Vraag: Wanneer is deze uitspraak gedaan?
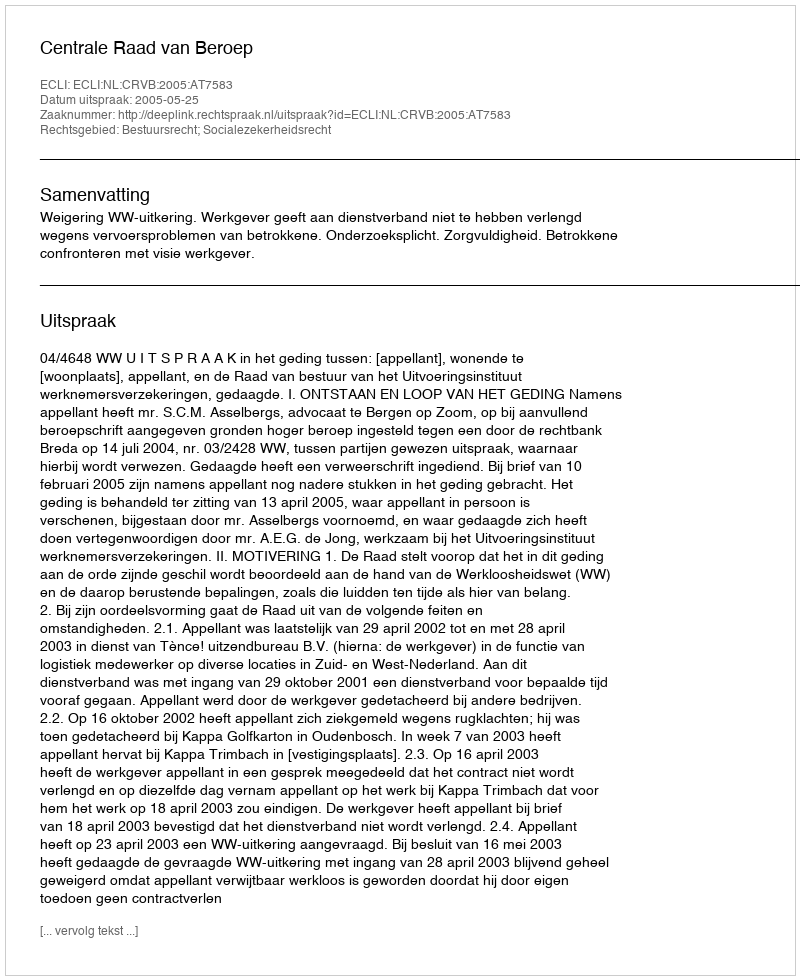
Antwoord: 2005-05-25